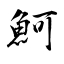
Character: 魺